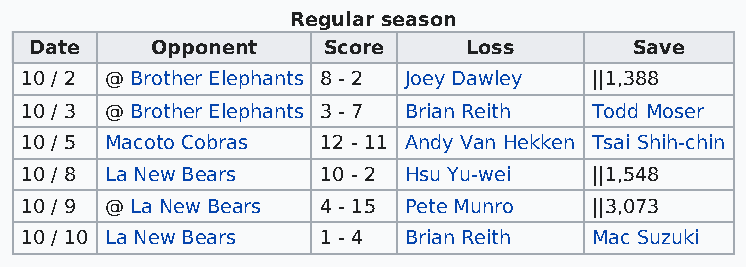
Regular season
 Date    Opponent   Score     Loss       Save
 10 / 2 @ Brother Elephants 8 - 2 Joey Dawley ||1,388
 10 / 3 @ Brother Elephants 3 - 7 Brian Reith Todd Moser
 10 / 5 Macoto Cobras 12 - 11 Andy Van Hekken Tsai Shih-chin
 10 / 8 La New Bears 10 - 2 Hsu Yu-wei ||1,548
 10 / 9 @ La New Bears 4 - 15 Pete Munro ||3,073
 10 / 10 La New Bears 1 - 4 Brian Reith Mac Suzuki